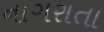
નાગરાતા